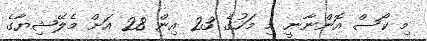
މި ކޯސް އޮންނާނީ މި މަހުގެ 23 އިން 28 އަށް މެލޭޝިޔާގެ